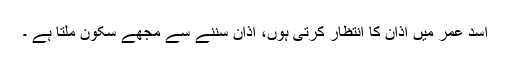
اسد عمر میں اذان کا انتظار کرتی ہوں، اذان سننے سے مجھے سکون ملتا ہے ۔